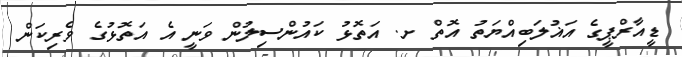
ޑީއާރްޕީގެ އަޣުލަބިއްޔަތު އޮތް ށ. އަތޮޅު ކައުންސިލުން ވަނީ އެ އަތޮޅުގެ ވެރިކަން